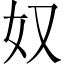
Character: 奴